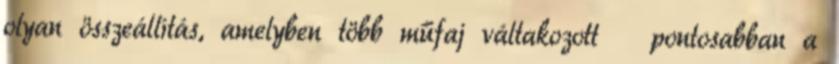
olyan összeállítás, amelyben több műfaj váltakozott ‒ pontosabban a